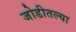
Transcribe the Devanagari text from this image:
जोडीतल्या